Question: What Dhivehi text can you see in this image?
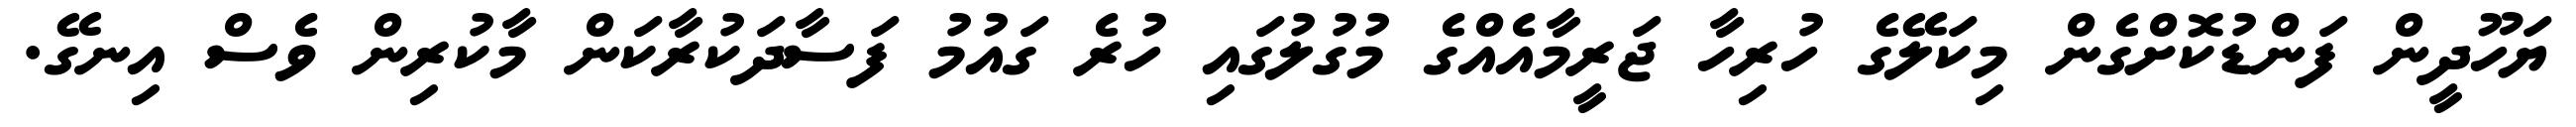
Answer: ޔަހޫދީން ފަންޑުކޮށްގެން މިކަލޭގެ ހުރިހާ ޖަރީމާއެއްގެ މުގުލުގައި ހުރެ ގައުމު ފަސާދަކުރާކަން މާކުރިން ވެސް އިނގޭ.